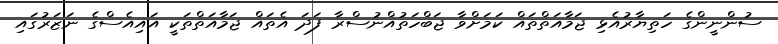
ސުންނީންގެ ހަތިޔާރުއެޅި ޖަމާއަތްތައް ކަމަށްވާ ޖަބްހަތުއްނުސްރާ ފަދަ އެތައް ޖަމާއަތްތަކީ އައިއެސްގެ ނަޒަރުގައި